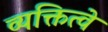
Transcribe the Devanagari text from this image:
व्यक्तित्वे